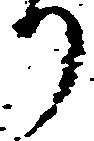
り